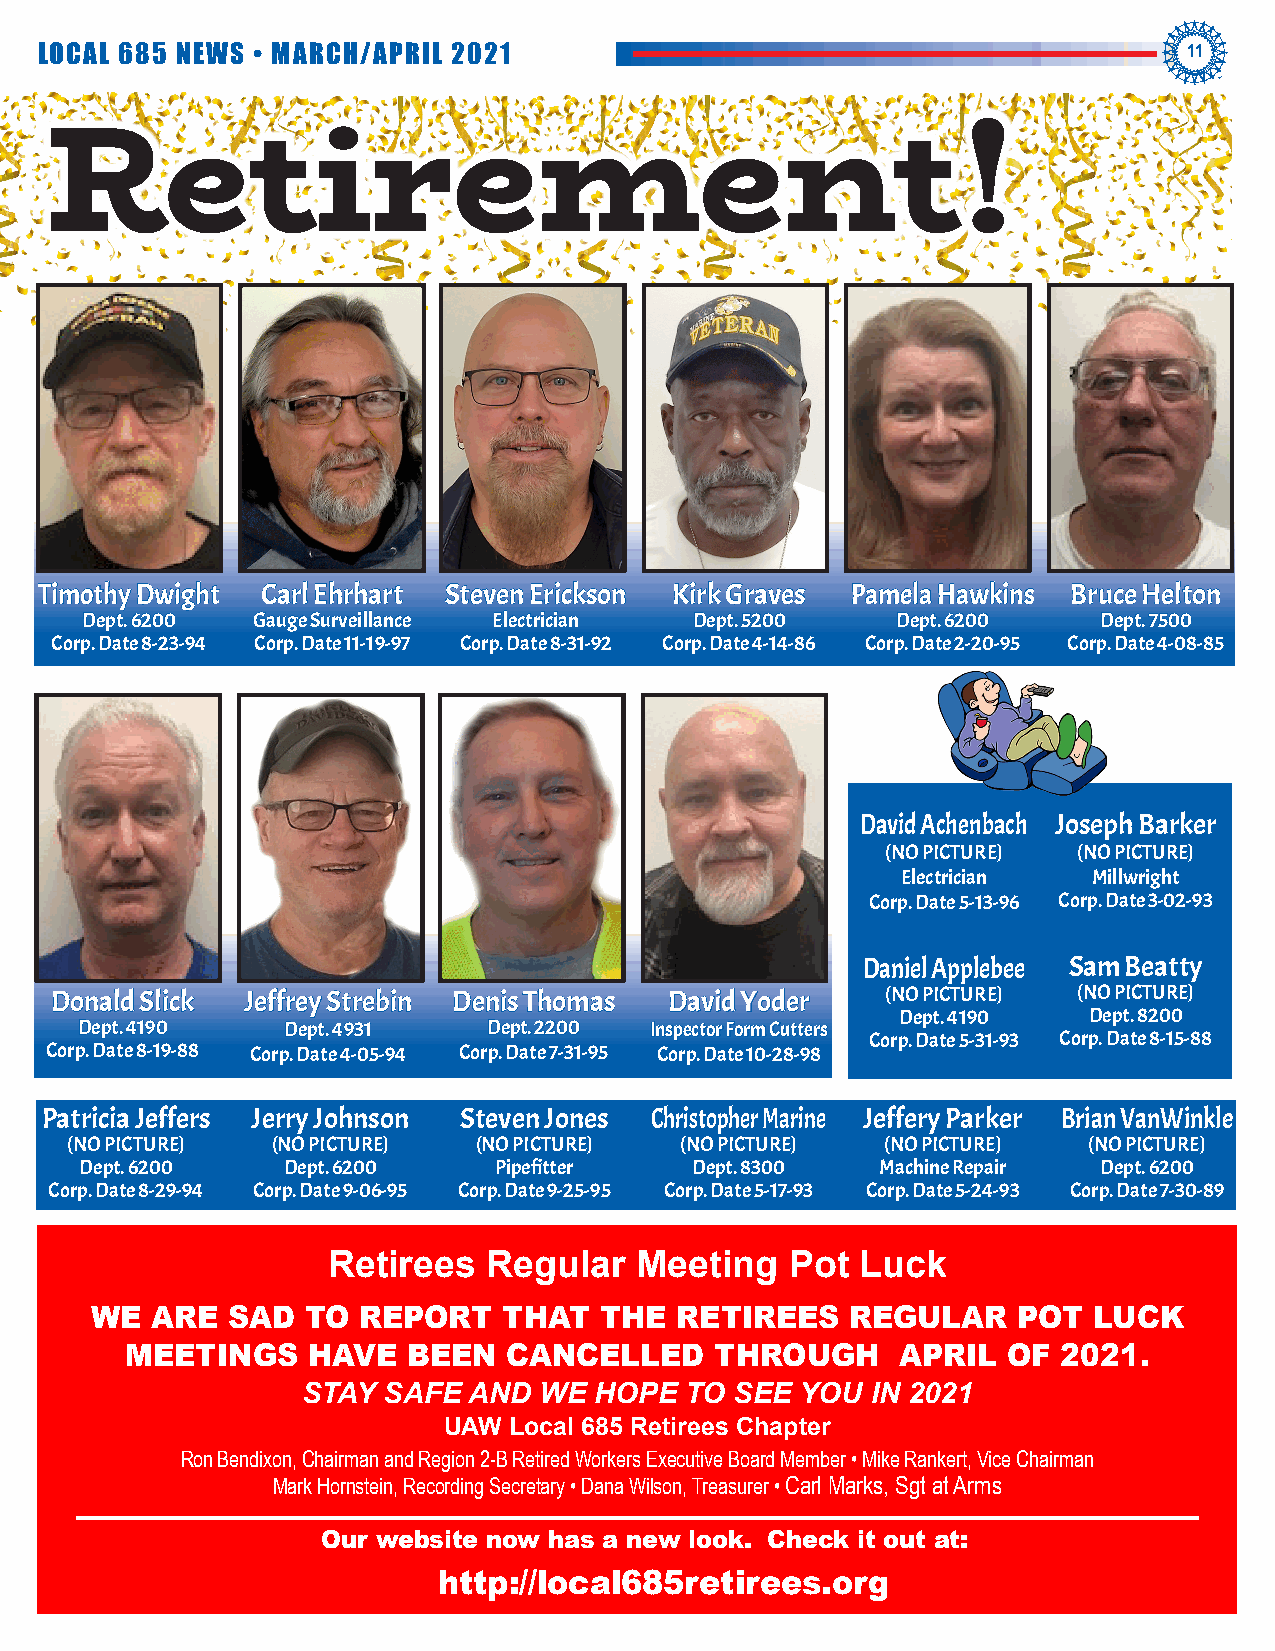
LOCAL 685 NEWS • MARCH/APRIL 2021                                            11
 Retirement!
 Timothy Dwight Carl Ehrhart Steven Erickson Kirk Graves Pamela Hawkins Bruce Helton
 Dept. 6200  Gauge Surveillance Electrician Dept. 5200 Dept. 6200    Dept. 7500
 Corp. Date 8-23-94 Corp. Date 11-19-97 Corp. Date 8-31-92 Corp. Date 4-14-86 Corp. Date 2-20-95 Corp. Date 4-08-85
 David Achenbach Joseph Barker
 (NO PICTURE) (NO PICTURE)
 Electrician Millwright
 Corp. Date 5-13-96 Corp. Date 3-02-93
 Daniel Applebee Sam Beatty
 Donald Slick Jeffrey Strebin Denis Thomas David Yoder   (NO PICTURE) (NO PICTURE)
 Dept. 4190  Dept. 8200
 Dept. 4190    Dept. 4931   Dept. 2200 Inspector Form Cutters
 Corp. Date 5-31-93 Corp. Date 8-15-88
 Corp. Date 8-19-88 Corp. Date 4-05-94 Corp. Date 7-31-95 Corp. Date 10-28-98
 Patricia Jeffers Jerry Johnson Steven Jones Christopher Marine Jeffery Parker Brian VanWinkle
 (NO PICTURE)  (NO PICTURE) (NO PICTURE)  (NO PICTURE)  (NO PICTURE) (NO PICTURE)
 Dept. 6200    Dept. 6200    Pipefitter   Dept. 8300  Machine Repair Dept. 6200
 Corp. Date 8-29-94 Corp. Date 9-06-95 Corp. Date 9-25-95 Corp. Date 5-17-93 Corp. Date 5-24-93 Corp. Date 7-30-89
 Retirees  Regular   Meeting   Pot  Luck
 WE  ARE  SAD  TO  REPORT   THAT   THE  RETIREES   REGULAR    POT  LUCK
 MEETINGS    HAVE   BEEN   CANCELLED    THROUGH      APRIL  OF 2021.
 STAY SAFE  AND  WE HOPE  TO  SEE YOU  IN 2021
 UAW  Local 685 Retirees Chapter
 Ron Bendixon, Chairman and Region 2-B Retired Workers Executive Board Member • Mike Rankert, Vice Chairman
 Mark Hornstein, Recording Secretary • Dana Wilson, Treasurer • Carl Marks, Sgt at Arms
 Our website now has a new look. Check it out at:
 http://local685retirees.org